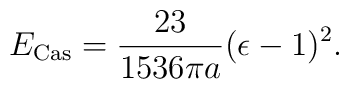
E_{\rm Cas}={23\over1536\pi a}(\epsilon-1)^2.